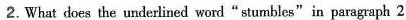
2. What does the underlined word"stumbles"in paragraph 2